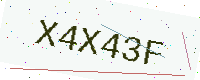
Text: X4X43F